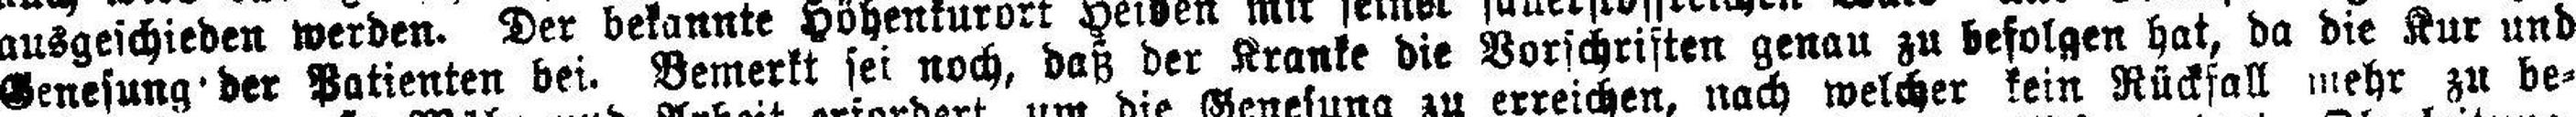
Genesung' der Patienten bei. Bemerkt sei noch, daß der Kranke die Vorschriften genau zu befolgen hat, da die Kur und